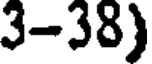
3-38)